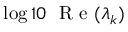
\log 1 0 \ \textrm { R e } ( \lambda _ { k } )